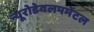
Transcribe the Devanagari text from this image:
न्यूरोडेवलपमेंटल